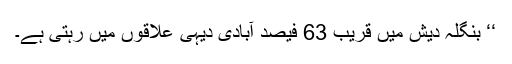
‘‘ بنگلہ دیش میں قریب 63 فیصد آبادی دیہی علاقوں میں رہتی ہے۔